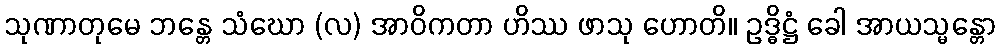
သုဏာတုမေ ဘန္တေ သံဃော (လ) အာဝိကတာ ဟိဿ ဖာသု ဟောတိ။ ဥဒ္ဓိဋ္ဌံ ခေါ အာယသ္မန္တော